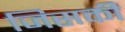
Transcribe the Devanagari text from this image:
जिसकीे